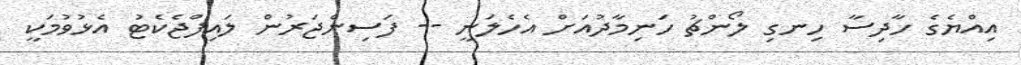
އިއްޔެގެ ހާދިސާ ހިނގި ލޯންޗު ހަނިމާދުއަށް އެހެލަނީ -- ފަސިންޖަރުން ލައިފްޖެކެޓު އެޅުވުމަކީ